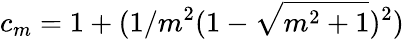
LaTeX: c_{m}=1+(1/m^{2}(1-\sqrt{m^{2}+1})^{2})